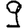
Digit: 9